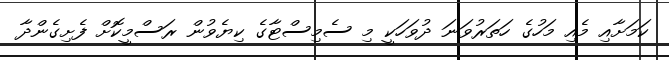
ކަމަށާއި މެއި މަހުގެ ހަތަރުވަނަ ދުވަހަކީ މި ސެމިސްޓާގެ ކިޔެވުން ރަސްމީކޮށް ފެށިގެންދާ